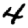
Digit: 4